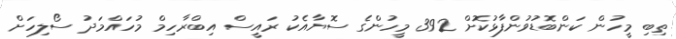
ތިބި މީހުން ކަންބޮޑުވުންފާޅުކޮށް 392 މީހުންގެ ސޮޔާއެކު ރައީސް އިބްރާހިމް މުހައްމަދު ސޯލިހަށް